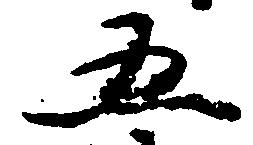
五